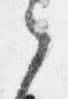
之